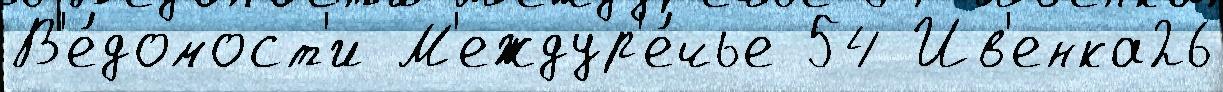
В'е́домост'и М'еждур'е́чье 54 Ив'енка26